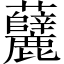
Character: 糵